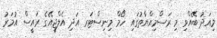
މިއަދު ބޭއްވި މި ރަސްމިއްޔާތުގައި ހޯމް މިނިސްޓަރ އަދި އެލްޖީއޭގެ ރައީސް އުމަރު